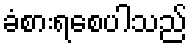
ခံစားရစေပါသည်